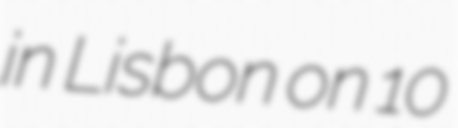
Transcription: in Lisbon on 10